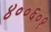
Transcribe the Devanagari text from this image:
४००६०१